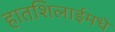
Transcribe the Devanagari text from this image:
हातशिलाईमधे